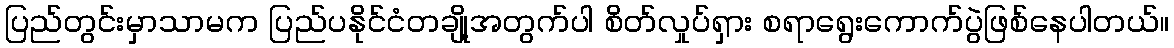
ပြည်တွင်းမှာသာမက ပြည်ပနိုင်ငံတချို့အတွက်ပါ စိတ်လှုပ်ရှား စရာရွေးကောက်ပွဲဖြစ်နေပါတယ်။